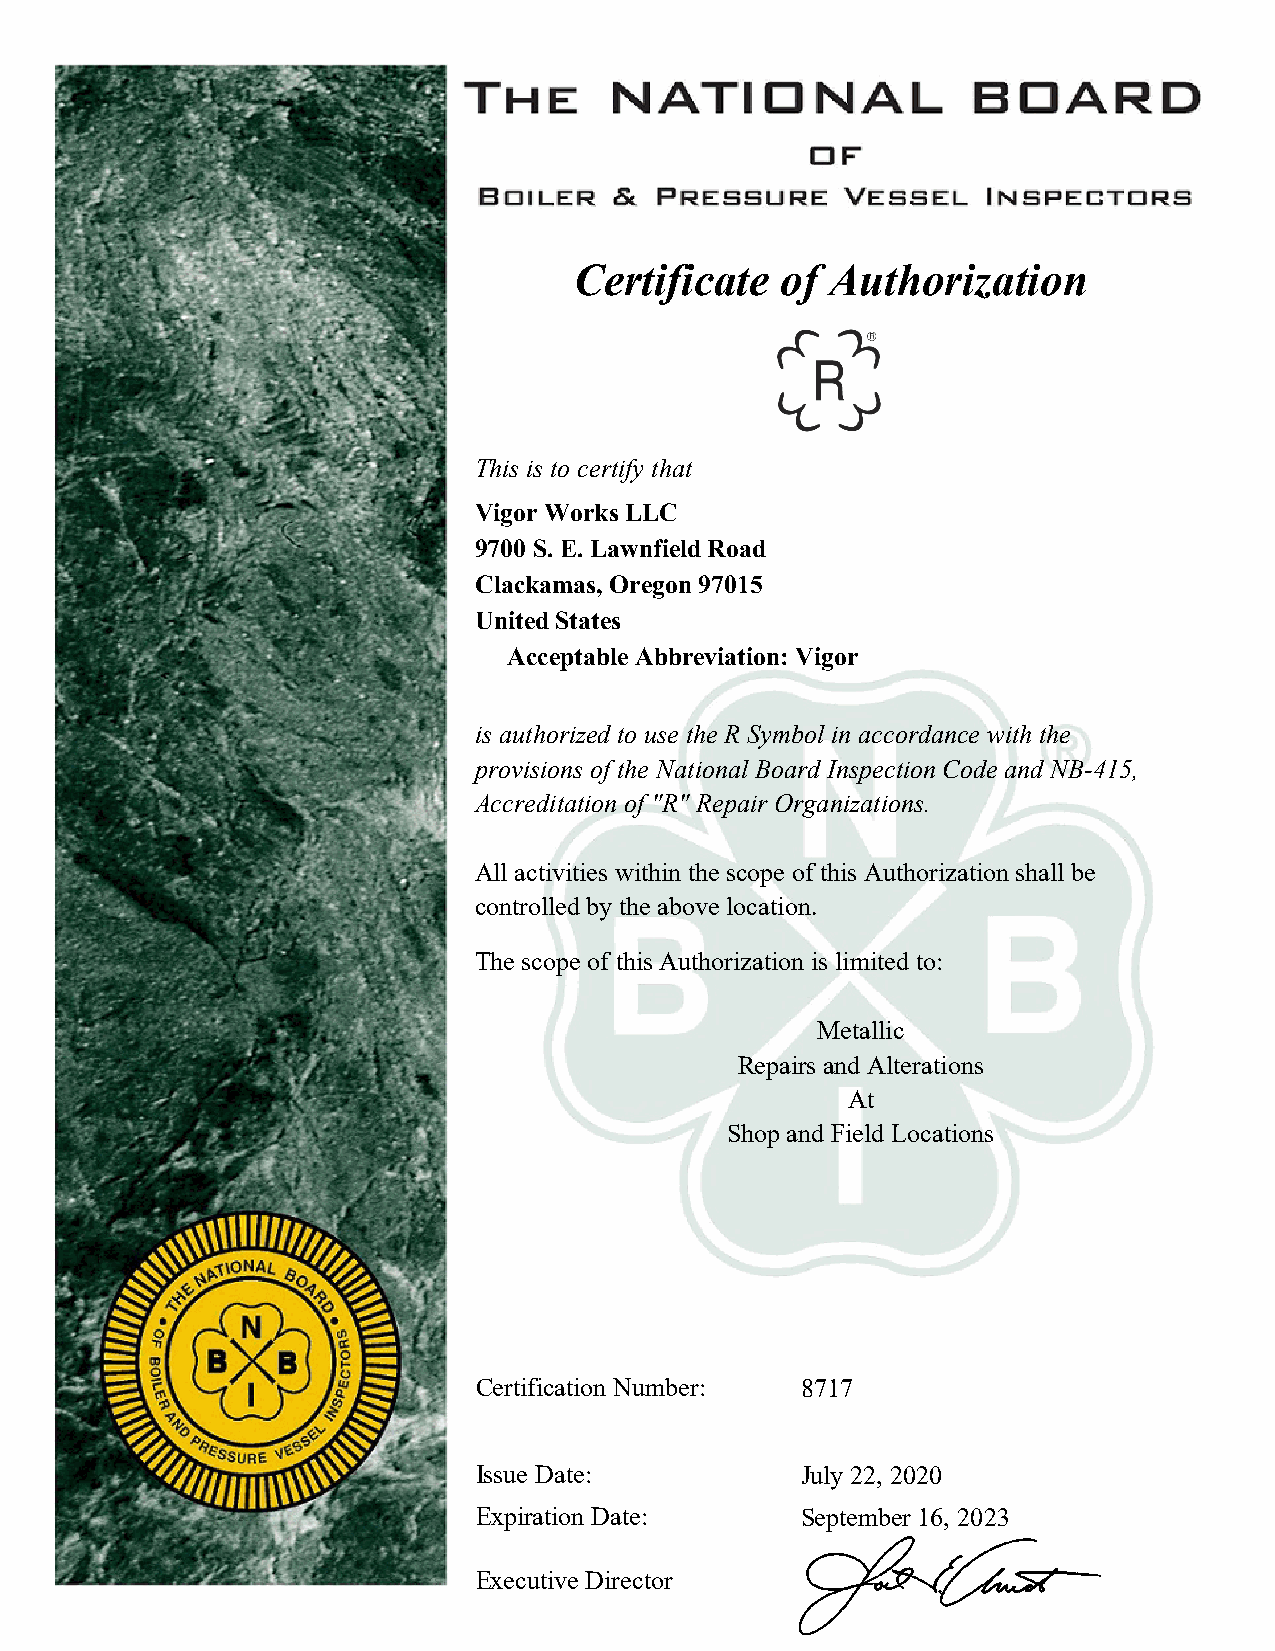
Certificate   of Authorization
 This is to certify that
 Vigor Works LLC
 9700 S. E. Lawnfield Road
 Clackamas, Oregon 97015
 United States
 Acceptable Abbreviation: Vigor
 is authorized to use the R Symbol in accordance with the
 provisions of the National Board Inspection Code and NB-415,
 Accreditation of "R" Repair Organizations.
 All activities within the scope of this Authorization shall be
 controlled by the above location.
 The scope of this Authorization is limited to:
 Metallic
 Repairs and Alterations
 At
 Shop and Field Locations
 Certification Number: 8717
 Issue Date:           July 22, 2020
 Expiration Date:      September 16, 2023
 Executive Director